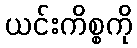
ယင်းကိစ္စကို